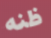
ظنه